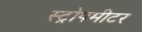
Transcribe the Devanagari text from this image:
स्ट्रोपमीटर